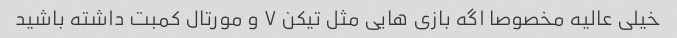
خیلی عالیه مخصوصا اگه بازی هایی مثل تیکن ۷ و مورتال کمبت داشته باشید